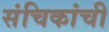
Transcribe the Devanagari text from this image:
संचिकांची